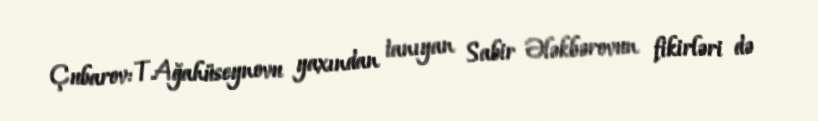
Çubarov: T.Ağahüseynovu yaxından tanıyan Sabir Ələkbərovun fikirləri də